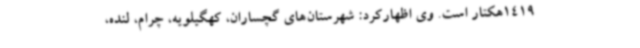
1419هکتار است. وی اظهارکرد: شهرستان‌های گچساران، کهگیلویه، چرام، لنده،